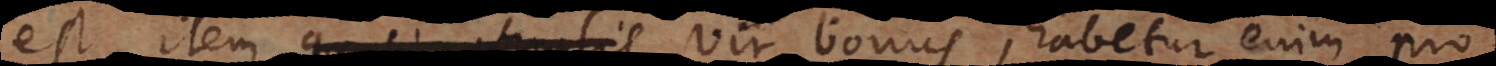
est, item quasi phrasis vir bonus, habetur enim pro